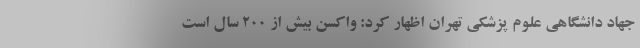
جهاد دانشگاهی علوم پزشکی تهران اظهار کرد: واکسن بیش از 200 سال است